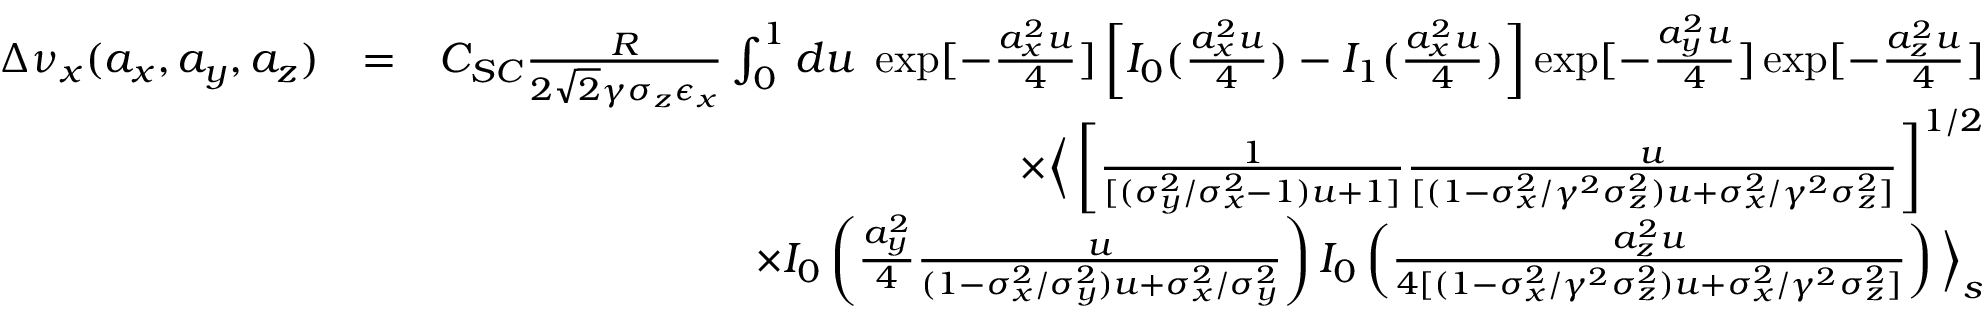
\begin{array} { r l r } { \Delta \nu _ { x } ( a _ { x } , a _ { y } , a _ { z } ) } & { = } & { C _ { S C } \frac { R } { 2 \sqrt { 2 } \gamma \sigma _ { z } \epsilon _ { x } } \int _ { 0 } ^ { 1 } d u \; \exp [ - \frac { a _ { x } ^ { 2 } u } { 4 } ] \left[ I _ { 0 } ( \frac { a _ { x } ^ { 2 } u } { 4 } ) - I _ { 1 } ( \frac { a _ { x } ^ { 2 } u } { 4 } ) \right] \exp [ - \frac { a _ { y } ^ { 2 } u } { 4 } ] \exp [ - \frac { a _ { z } ^ { 2 } u } { 4 } ] } \\ & { } & { \times \Big \langle \left[ \frac { 1 } { [ ( \sigma _ { y } ^ { 2 } / \sigma _ { x } ^ { 2 } - 1 ) u + 1 ] } \frac { u } { [ ( 1 - \sigma _ { x } ^ { 2 } / \gamma ^ { 2 } \sigma _ { z } ^ { 2 } ) u + \sigma _ { x } ^ { 2 } / \gamma ^ { 2 } \sigma _ { z } ^ { 2 } ] } \right] ^ { 1 / 2 } } \\ & { } & { \times I _ { 0 } \left( \frac { a _ { y } ^ { 2 } } { 4 } \frac { u } { ( 1 - \sigma _ { x } ^ { 2 } / \sigma _ { y } ^ { 2 } ) u + \sigma _ { x } ^ { 2 } / \sigma _ { y } ^ { 2 } } \right) I _ { 0 } \left( \frac { a _ { z } ^ { 2 } u } { 4 [ ( 1 - \sigma _ { x } ^ { 2 } / \gamma ^ { 2 } \sigma _ { z } ^ { 2 } ) u + \sigma _ { x } ^ { 2 } / \gamma ^ { 2 } \sigma _ { z } ^ { 2 } ] } \right) \Big \rangle _ { s } } \end{array}